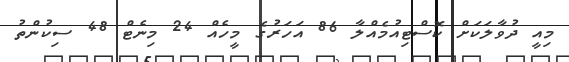
މިއީ ދުވާލަކަށް ކޮސްޓިއުމެއްލާ 86 އަހަރުގެ މީހެއް 24 މިނެޓް 48 ސިކުންތު